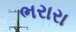
ભરારા